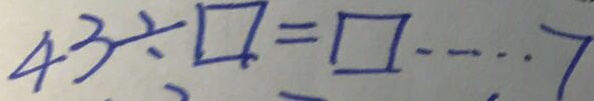
4 3 \div \square = \square \cdots 7